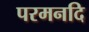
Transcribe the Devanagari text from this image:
परमनदि